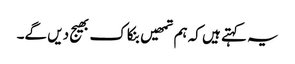
یہ کہتے ہیں کہ ہم تمھیں بنکاک بھیج دیں گے۔